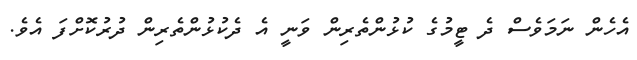
އެހެން ނަމަވެސް ދެ ޓީމުގެ ކުޅުންތެރިން ވަނީ އެ ދެކުޅުންތެރިން ދުރުކޮށްފަ އެވެ.